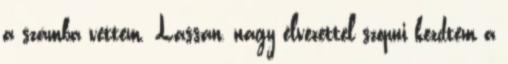
a számba vettem. Lassan, nagy élvezettel szopni kezdtem a